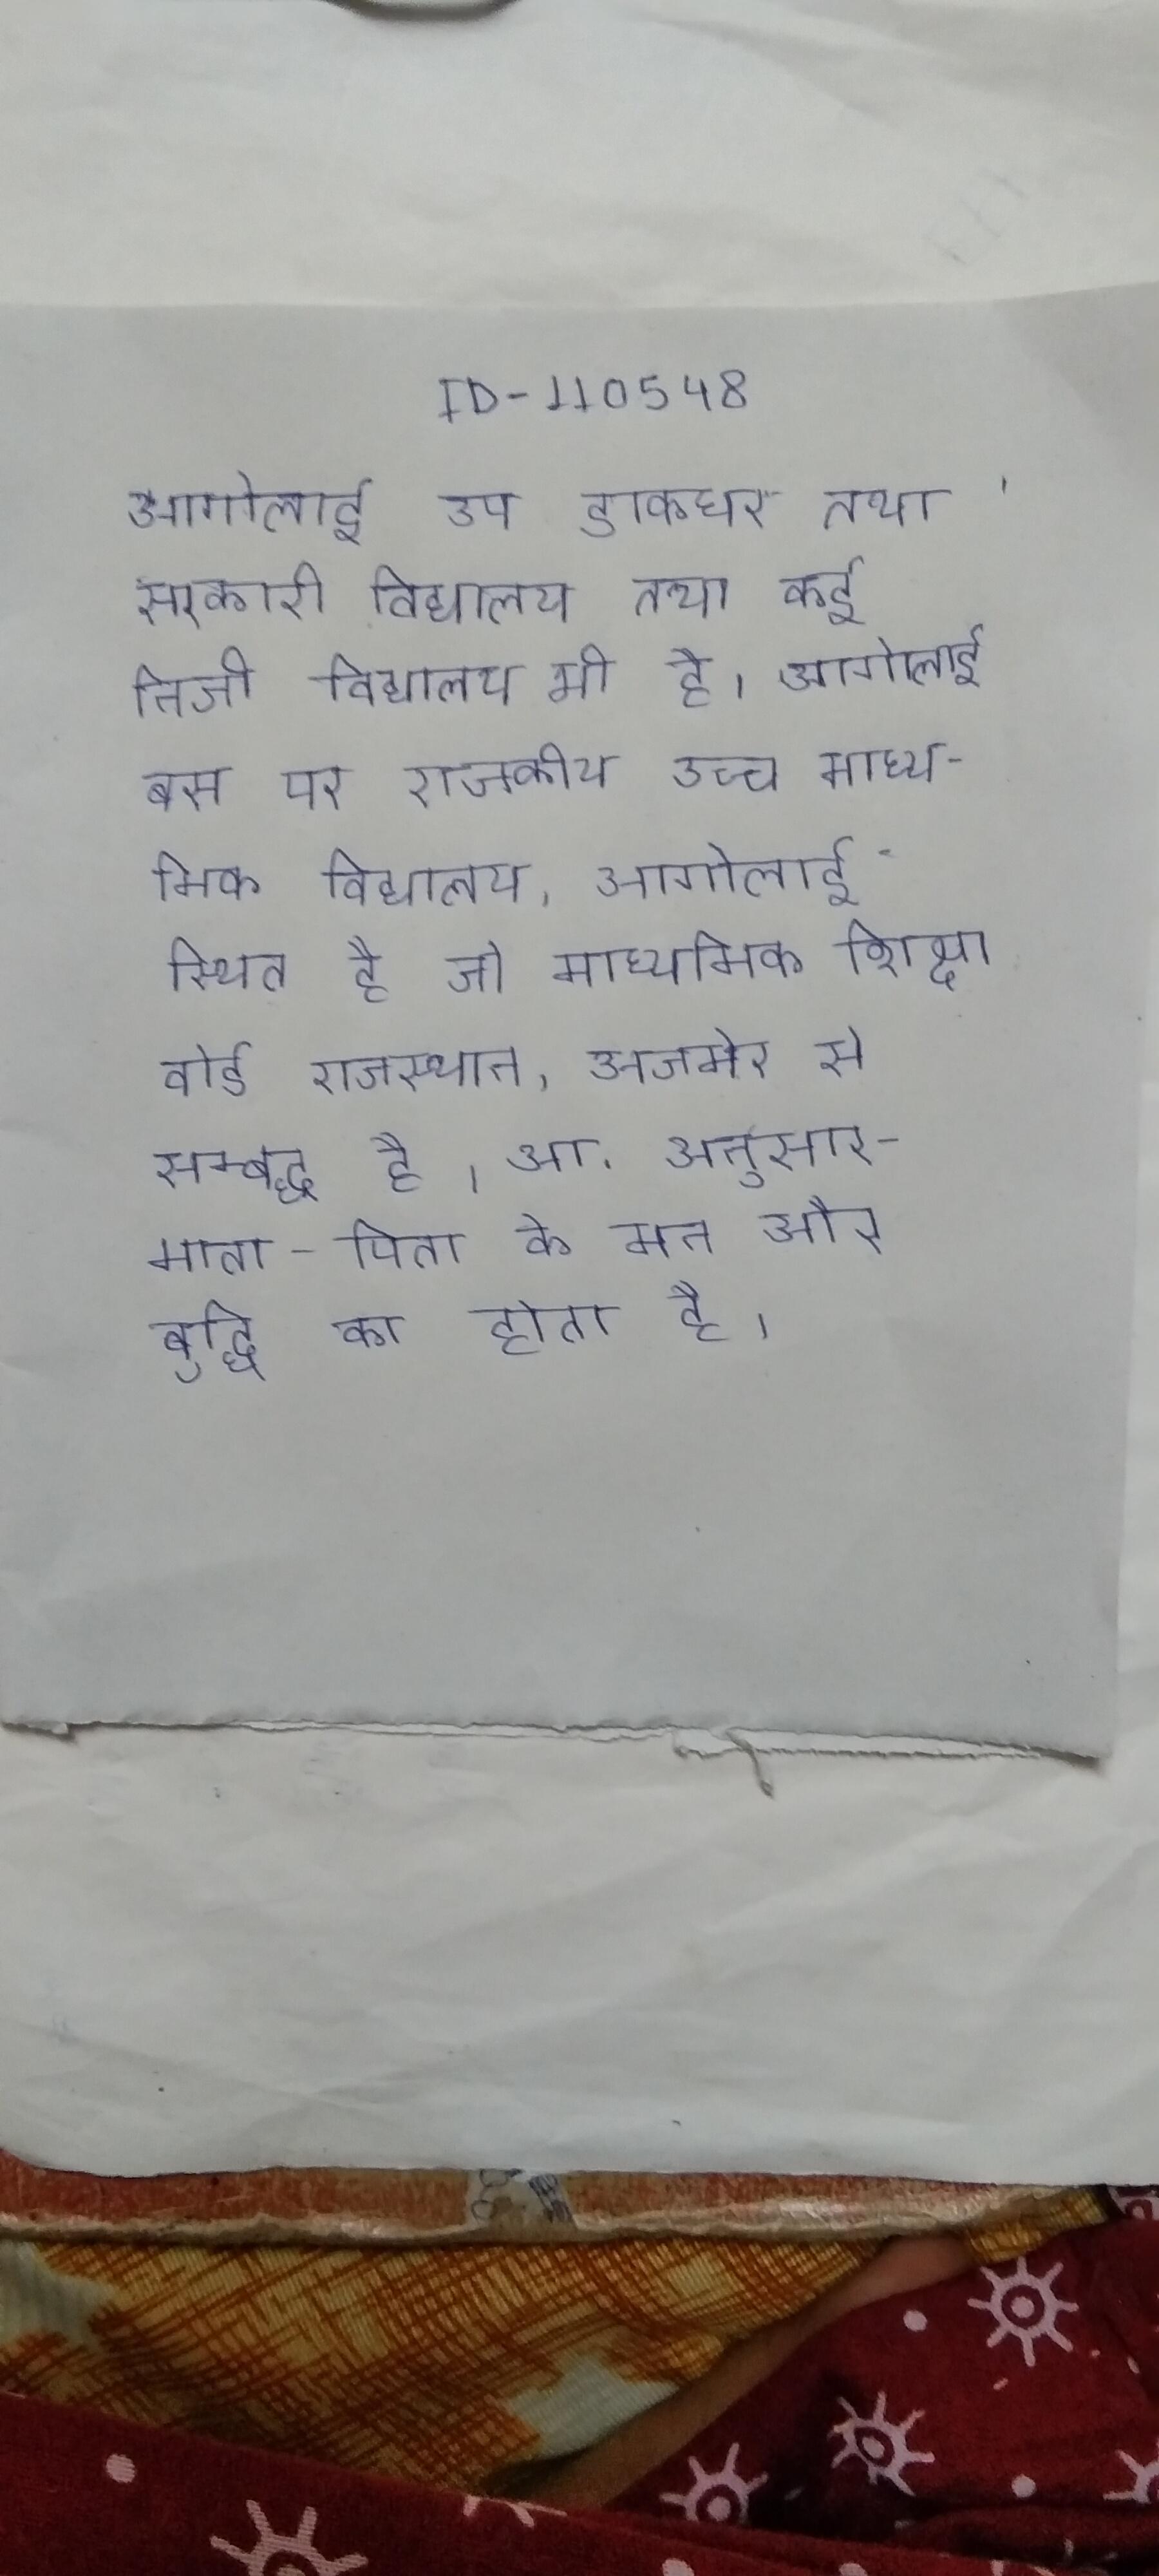
आगोलाई उप डाकघर तथा सरकारी विद्यालय तथा कई निजी विद्यालय भी है । आगोलाई बस पर राजकीय उच्च माध्यमिक विद्यालय, आगोलाई स्थित है जो माध्यमिक शिक्षा बोर्ड राजस्थान, अजमेर से सम्बद्ध है । आ. अनुसार- माता-पिता के मन और बुद्धि का होता है ।